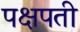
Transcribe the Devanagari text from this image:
पक्षपती